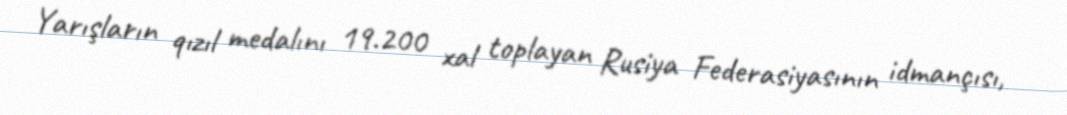
Yarışların qızıl medalını 19.200 xal toplayan Rusiya Federasiyasının idmançısı,